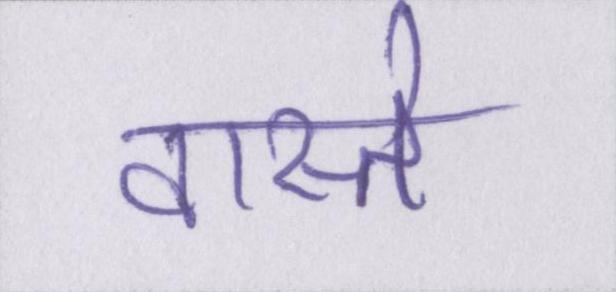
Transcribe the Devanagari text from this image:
वास्ते